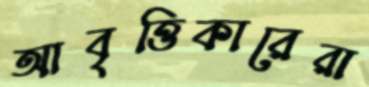
আবৃত্তিকারেরা